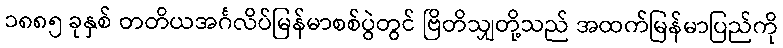
၁၈၈၅ ခုနှစ် တတိယအင်္ဂလိပ်မြန်မာစစ်ပွဲတွင် ဗြိတိသျှတို့သည် အထက်မြန်မာပြည်ကို